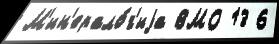
М'ин'ерало́г'иjа ВМО 13 6